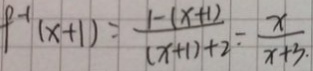
f ^ { - 1 } ( x + 1 ) = \frac { 1 - ( x + 1 ) } { ( x + 1 ) + 2 } - \frac { x } { x + 3 }